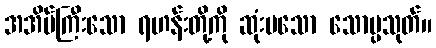
အအိပ်ကြီးသော ရဟန်းတို့ကို ဆုံးမသော သောပ္ပသုတ်။